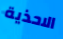
الاحذية